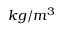
k g / m ^ { 3 }